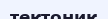
тектоник